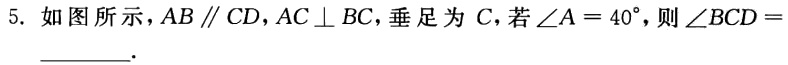
5. 如图所示，$AB\parallel CD$，$AC\perp BC$，垂足为$C$，若$\angle A = 40^{\circ}$，则$\angle BCD =$  .